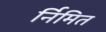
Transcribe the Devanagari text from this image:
र्निमित